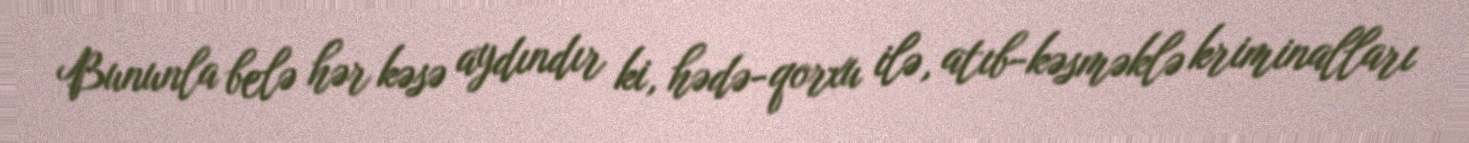
Bununla belə hər kəsə aydındır ki, hədə-qorxu ilə, atıb-kəsməklə kriminalları